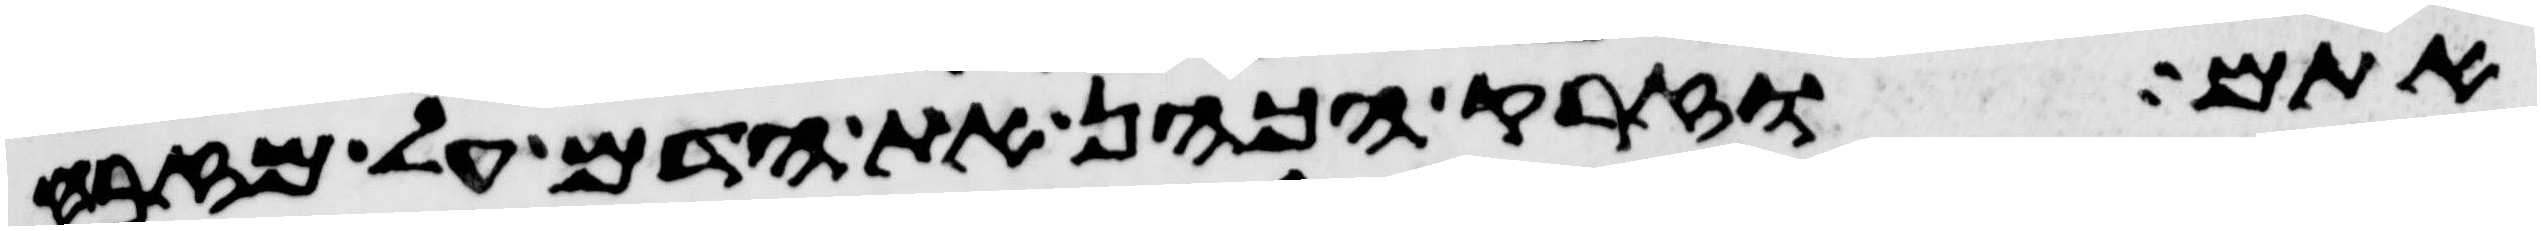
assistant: אתם וזרק הכהן את הדם על מזבח